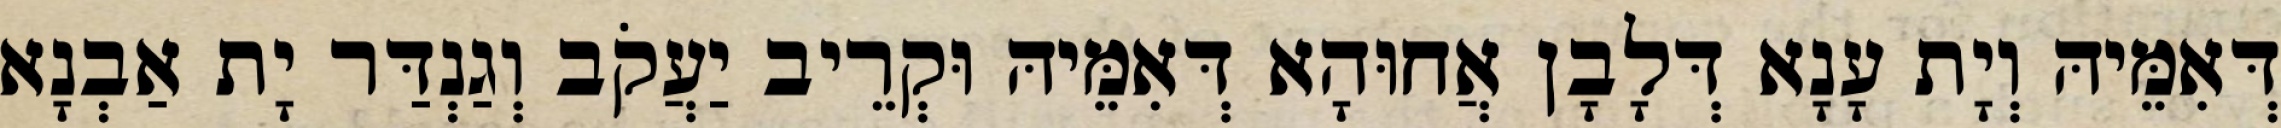
דְּאִמֵּיהּ וְיָת עָנָא דְּלָבָן אֲחוּהָא דְּאִמֵּיהּ וּקְרֵיב יַעֲקֹב וְגַנְדַּר יָת אַבְנָא